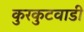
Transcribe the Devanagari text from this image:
कुरकुटवाडी